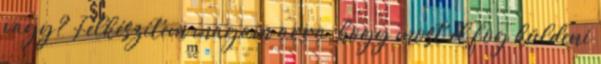
vagy? Felkészítem magam arra, hogy most el fog küldeni